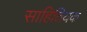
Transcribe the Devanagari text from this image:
साहितियक